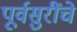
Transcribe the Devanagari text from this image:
पूर्वसुरींचे